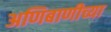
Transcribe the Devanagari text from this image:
अणिबाणीच्या